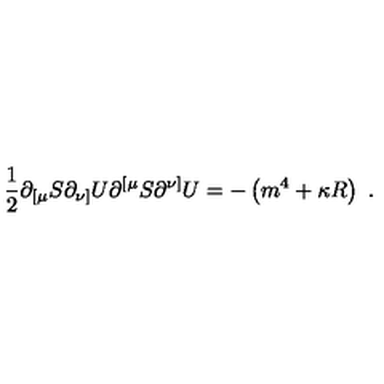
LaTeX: { \frac { 1 } { 2 } } \partial _ { [ \mu } S \partial _ { \nu ] } U \partial ^ { [ \mu } S \partial ^ { \nu ] } U = - \left( m ^ { 4 } + \kappa R \right) \ .